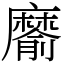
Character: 䵉